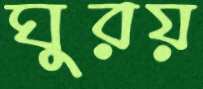
ঘুরয়